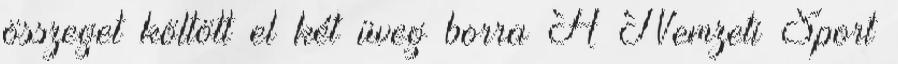
összeget költött el két üveg borra A Nemzeti Sport